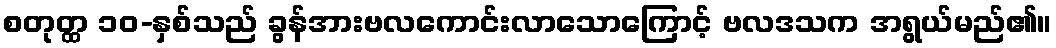
စတုတ္ထ ၁၀-နှစ်သည် ခွန်အားဗလကောင်းလာသောကြောင့် ဗလဒသက အရွယ်မည်၏။